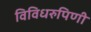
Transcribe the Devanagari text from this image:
विविधरुपिणी